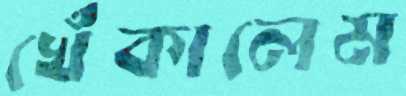
খেঁকালেম